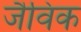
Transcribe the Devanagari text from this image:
जैविक